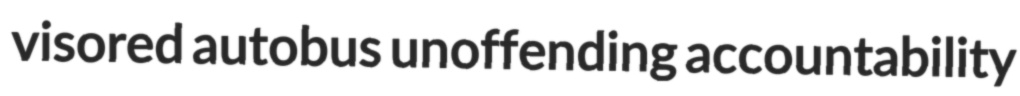
visored autobus unoffending accountability